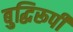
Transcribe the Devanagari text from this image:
बुद्धिरूपी